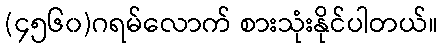
(၄၅၆၀)ဂရမ်လောက် စားသုံးနိုင်ပါတယ်။